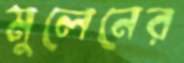
মুলেনের